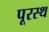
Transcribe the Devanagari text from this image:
पूरस्थ